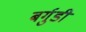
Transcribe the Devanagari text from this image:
बर्गुडी